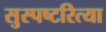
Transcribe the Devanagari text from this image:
सुस्पष्टरित्या